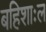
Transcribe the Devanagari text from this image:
बहिशाःल